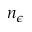
n _ { \epsilon }